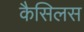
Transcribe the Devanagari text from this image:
कैसिलस